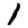
Digit: 1